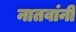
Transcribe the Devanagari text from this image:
नातवांनी